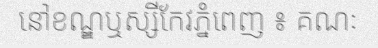
នៅខណ្ឌឬស្សីកែវភ្នំពេញ ៖ គណៈ